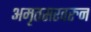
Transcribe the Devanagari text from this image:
अमृतसरवरुन